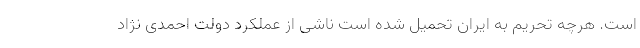
است. هرچه تحریم به ایران تحمیل شده است ناشی از عملکرد دولت احمدی نژاد